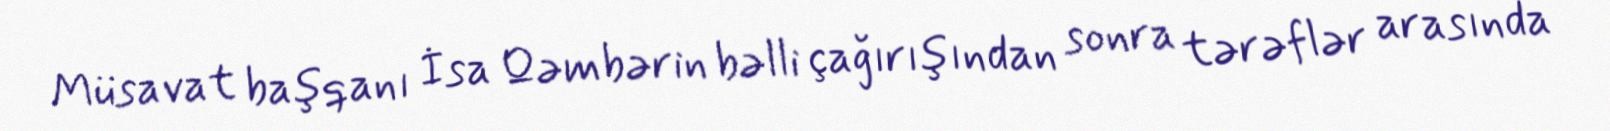
Müsavat başqanı İsa Qəmbərin bəlli çağırışından sonra tərəflər arasında